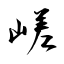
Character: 嵯